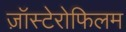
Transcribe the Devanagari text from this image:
ज़ॉस्टेरोफिलम